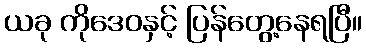
ယခု ကိုဒေဝနှင့် ပြန်တွေ့နေရပြီ။